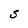
Character: S